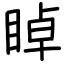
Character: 𥇍